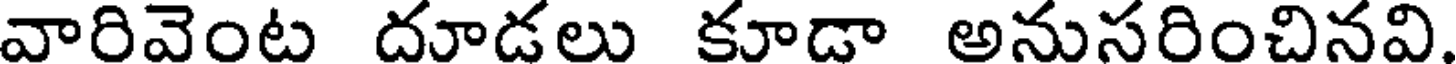
వారివెంట దూడలు కూడా అనుసరించినవి.